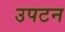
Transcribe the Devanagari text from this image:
उपटन